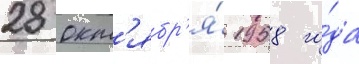
28 окт'ябр'я́ 1958 го́да